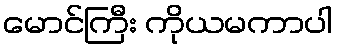
မောင်ကြီး ကိုယမကာပါ